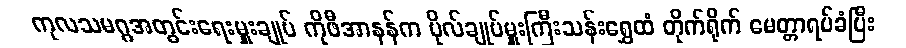
ကုလသမဂ္ဂအတွင်းရေးမှူးချုပ် ကိုဖီအာနန်က ဗိုလ်ချုပ်မှူးကြီးသန်းရွှေထံ တိုက်ရိုက် မေတ္တာရပ်ခံပြီး